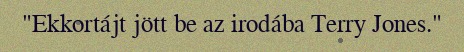
"Ekkortájt jött be az irodába Terry Jones."